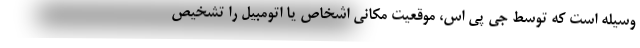
وسیله است که توسط جی پی اس، موقعیت مکانی اشخاص یا اتومبیل را تشخیص